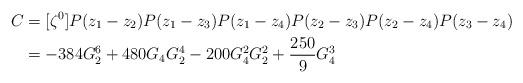
LaTeX: \begin{align*}C&=[\zeta^0]P(z_1-z_2)P(z_1-z_3)P(z_1-z_4)P(z_2-z_3)P(z_2-z_4)P(z_3-z_4)\\&=-384G_2^6 + 480G_4G_2^4 - 200G_4^2G_2^2 + \frac{250}{9}G_4^3\end{align*}